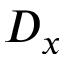
D _ { x }